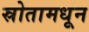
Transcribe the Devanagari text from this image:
स्रोतामधून